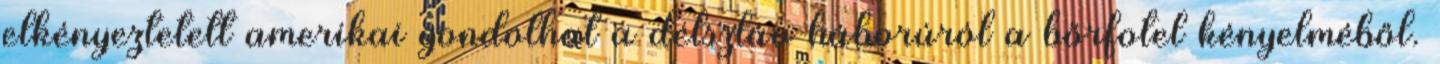
elkényeztetett amerikai gondolhat a délszláv háborúról a bőrfotel kényelméből.